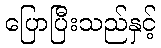
ပြောပြီးသည်နှင့်